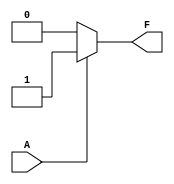
module single_variable_kmap (
    input wire A,      // 1-bit input variable
    output wire F      // Output of the K-map logic
);
    
    // Define the outputs for the K-map cells
    parameter F0 = 1'b0; // Define output when A = 0
    parameter F1 = 1'b1; // Define output when A = 1

    // Combinational logic for output F based on input A
    assign F = (A == 1'b0) ? F0 : F1;

endmodule